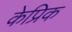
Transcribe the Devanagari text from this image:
केप्रिक